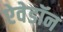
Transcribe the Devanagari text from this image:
ऐवेडॉन